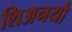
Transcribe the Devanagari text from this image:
शिअनयौ